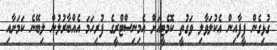
ގުޅިގެން ފީފާއިން އެކުލަވާލި ވަގުތީ ކޮމެޓީއަށް އެމިނިސްޓްރީގެ ފުރިހަމަ އެއްބާރުލުން ލިބޭނެ ކަމަށާއި